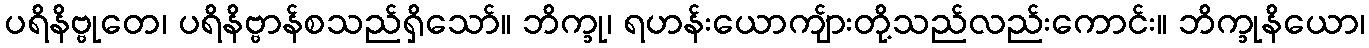
ပရိနိဗ္ဗုတေ၊ ပရိနိဗ္ဗာန်စသည်ရှိသော်။ ဘိက္ခု၊ ရဟန်းယောကျ်ားတို့သည်လည်းကောင်း။ ဘိက္ခုနိယော၊